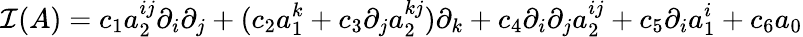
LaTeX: {\cal I}(A)=c_{1}a_{2}^{ij}\partial_{i}\partial_{j}+(c_{2}a_{1}^{k}+c_{3}\partial_{j}a_{2}^{kj})\partial_{k}+c_{4}\partial_{i}\partial_{j}a_{2}^{ij}+c_{5}\partial_{i}a_{1}^{i}+c_{6}a_{0}